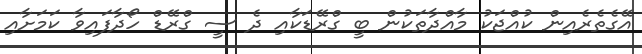
އޭގެތެރެއިން ކުއްޖަކު މާއްދާތަކުން ބީ ގްރޭޑަކާއި ދެ ސީ ގްރޭޑް ހޯދާފައިވާ ކަމަށާއި